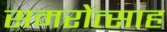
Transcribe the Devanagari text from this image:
समरोत्साह